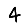
Digit: 4